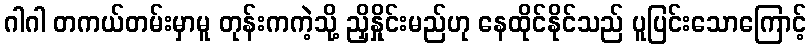
ဂါဂါ တကယ်တမ်းမှာမူ တုန်းကကဲ့သို့ ညှိနှိုင်းမည်ဟု နေထိုင်နိုင်သည် ပူပြင်းသောကြောင့်